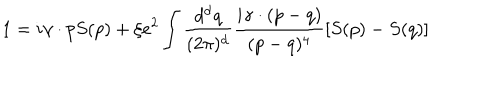
LaTeX: 1 = i \gamma \cdot p S ( p ) + \xi e ^ { 2 } \int \frac { d ^ { \mathrm { d } } q } { ( 2 \pi ) ^ { \mathrm { d } } } \frac { i \gamma \cdot ( p - q ) } { ( p - q ) ^ { 4 } } \left[ S ( p ) - S ( q ) \right]